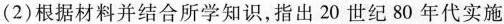
(2)根据材料并结合所学知识，指出20世纪80年代实施